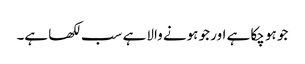
جو ہو چکا ہے اور جو ہونے والا ہے سب لکھا ہے۔